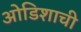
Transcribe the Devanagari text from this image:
ओडिशाची